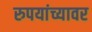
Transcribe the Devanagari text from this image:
रुपयांच्यावर